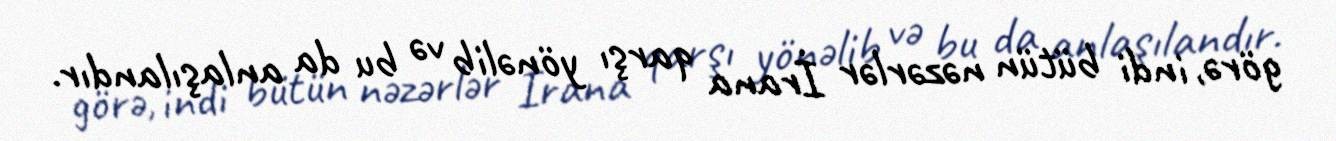
görə, indi bütün nəzərlər İrana qarşı yönəlib və bu da anlaşılandır.